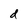
Character: d